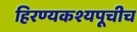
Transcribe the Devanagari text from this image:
हिरण्यकश्यपूचीच